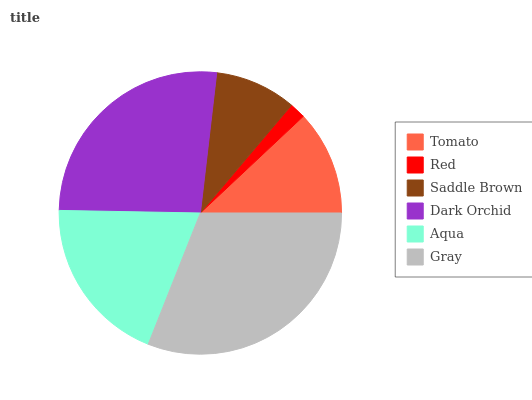
| Tomato | Red | Saddle Brown | Dark Orchid | Aqua | Gray |
 | --- | --- | --- | --- | --- | --- |
 | 12% | 1.83% | 9.31% | 26.6% | 19.3% | 31% |